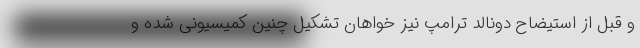
و قبل از استیضاح دونالد ترامپ نیز خواهان تشکیل چنین کمیسیونی شده و